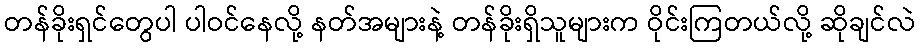
တန်ခိုးရှင်တွေပါ ပါဝင်နေလို့ နတ်အများနဲ့ တန်ခိုးရှိသူများက ဝိုင်းကြတယ်လို့ ဆိုချင်လဲ